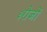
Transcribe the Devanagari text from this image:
३रोजों